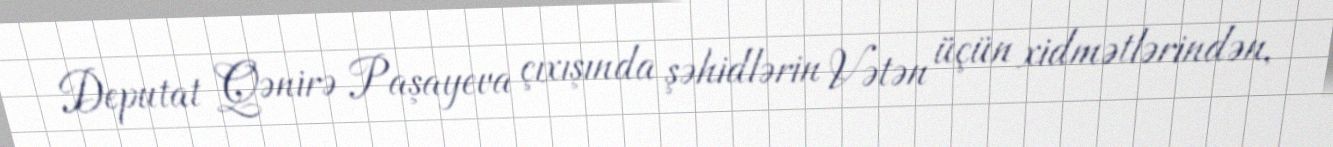
Deputat Qənirə Paşayeva çıxışında şəhidlərin Vətən üçün xidmətlərindən,